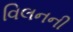
વિલનની